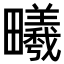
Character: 𪽦